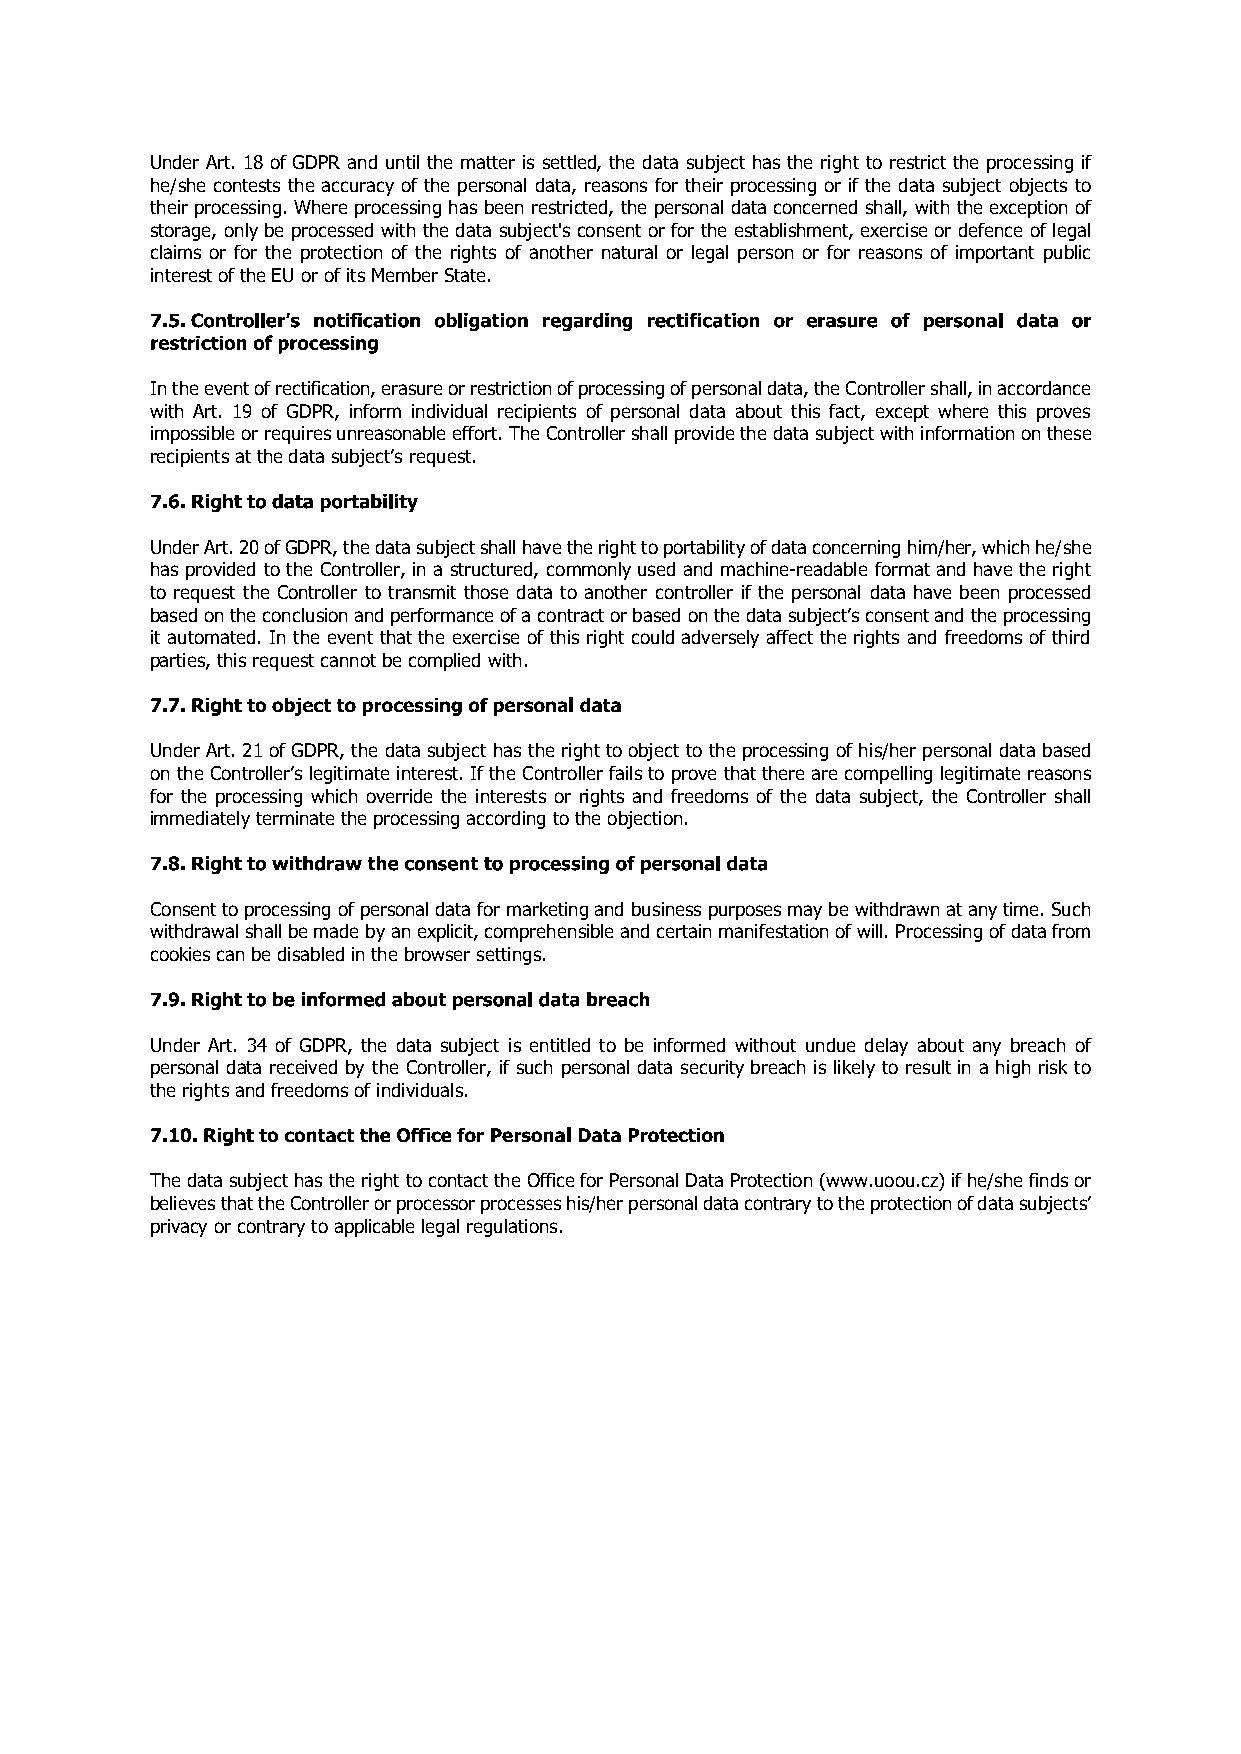
Under Art. 18 of GDPR and until the matter is settled, the data subject has the right to restrict the processing if
 he/she contests the accuracy of the personal data, reasons for their processing or if the data subject objects to
 their processing. Where processing has been restricted, the personal data concerned shall, with the exception of
 storage, only be processed with the data subject's consent or for the establishment, exercise or defence of legal
 claims or for the protection of the rights of another natural or legal person or for reasons of important public
 interest of the EU or of its Member State.
 In the event of rectification, erasure or restriction of processing of personal data, the Controller shall, in accordance
 with Art. 19 of GDPR, inform individual recipients of personal data about this fact, except where this proves
 impossible or requires unreasonable effort. The Controller shall provide the data subject with information on these
 recipients at the data subjects request.
 Under Art. 20 of GDPR, the data subject shall have the right to portability of data concerning him/her, which he/she
 has provided to the Controller, in a structured, commonly used and machine­readable format and have the right
 to request the Controller to transmit those data to another controller if the personal data have been processed
 based on the conclusion and performance of a contract or based on the data subjects consent and the processing
 it automated. In the event that the exercise of this right could adversely affect the rights and freedoms of third
 parties, this request cannot be complied with.
 Under Art. 21 of GDPR, the data subject has the right to object to the processing of his/her personal data based
 on the Controllers legitimate interest. If the Controller fails to prove that there are compelling legitimate reasons
 for the processing which override the interests or rights and freedoms of the data subject, the Controller shall
 immediately terminate the processing according to the objection.
 Consent to processing of personal data for marketing and business purposes may be withdrawn at any time. Such
 withdrawal shall be made by an explicit, comprehensible and certain manifestation of will. Processing of data from
 cookies can be disabled in the browser settings.
 Under Art. 34 of GDPR, the data subject is entitled to be informed without undue delay about any breach of
 personal data received by the Controller, if such personal data security breach is likely to result in a high risk to
 the rights and freedoms of individuals.
 The data subject has the right to contact the Office for Personal Data Protection (www.uoou.cz) if he/she finds or
 believes that the Controller or processor processeshis/her personal data contrary to the protection of data subjects
 privacy or contrary to applicable legal regulations.